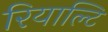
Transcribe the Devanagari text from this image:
रियाल्टि